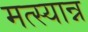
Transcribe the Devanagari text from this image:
मत्स्यान्न